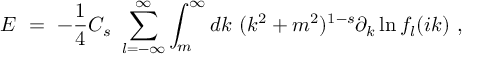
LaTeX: { \cal E } \ = \ - \frac 1 4 C _ { s } \ \sum _ { l = - \infty } ^ { \infty } \int _ { m } ^ { \infty } d k \ ( k ^ { 2 } + m ^ { 2 } ) ^ { 1 - s } \partial _ { k } \ln f _ { l } ( i k ) \ ,